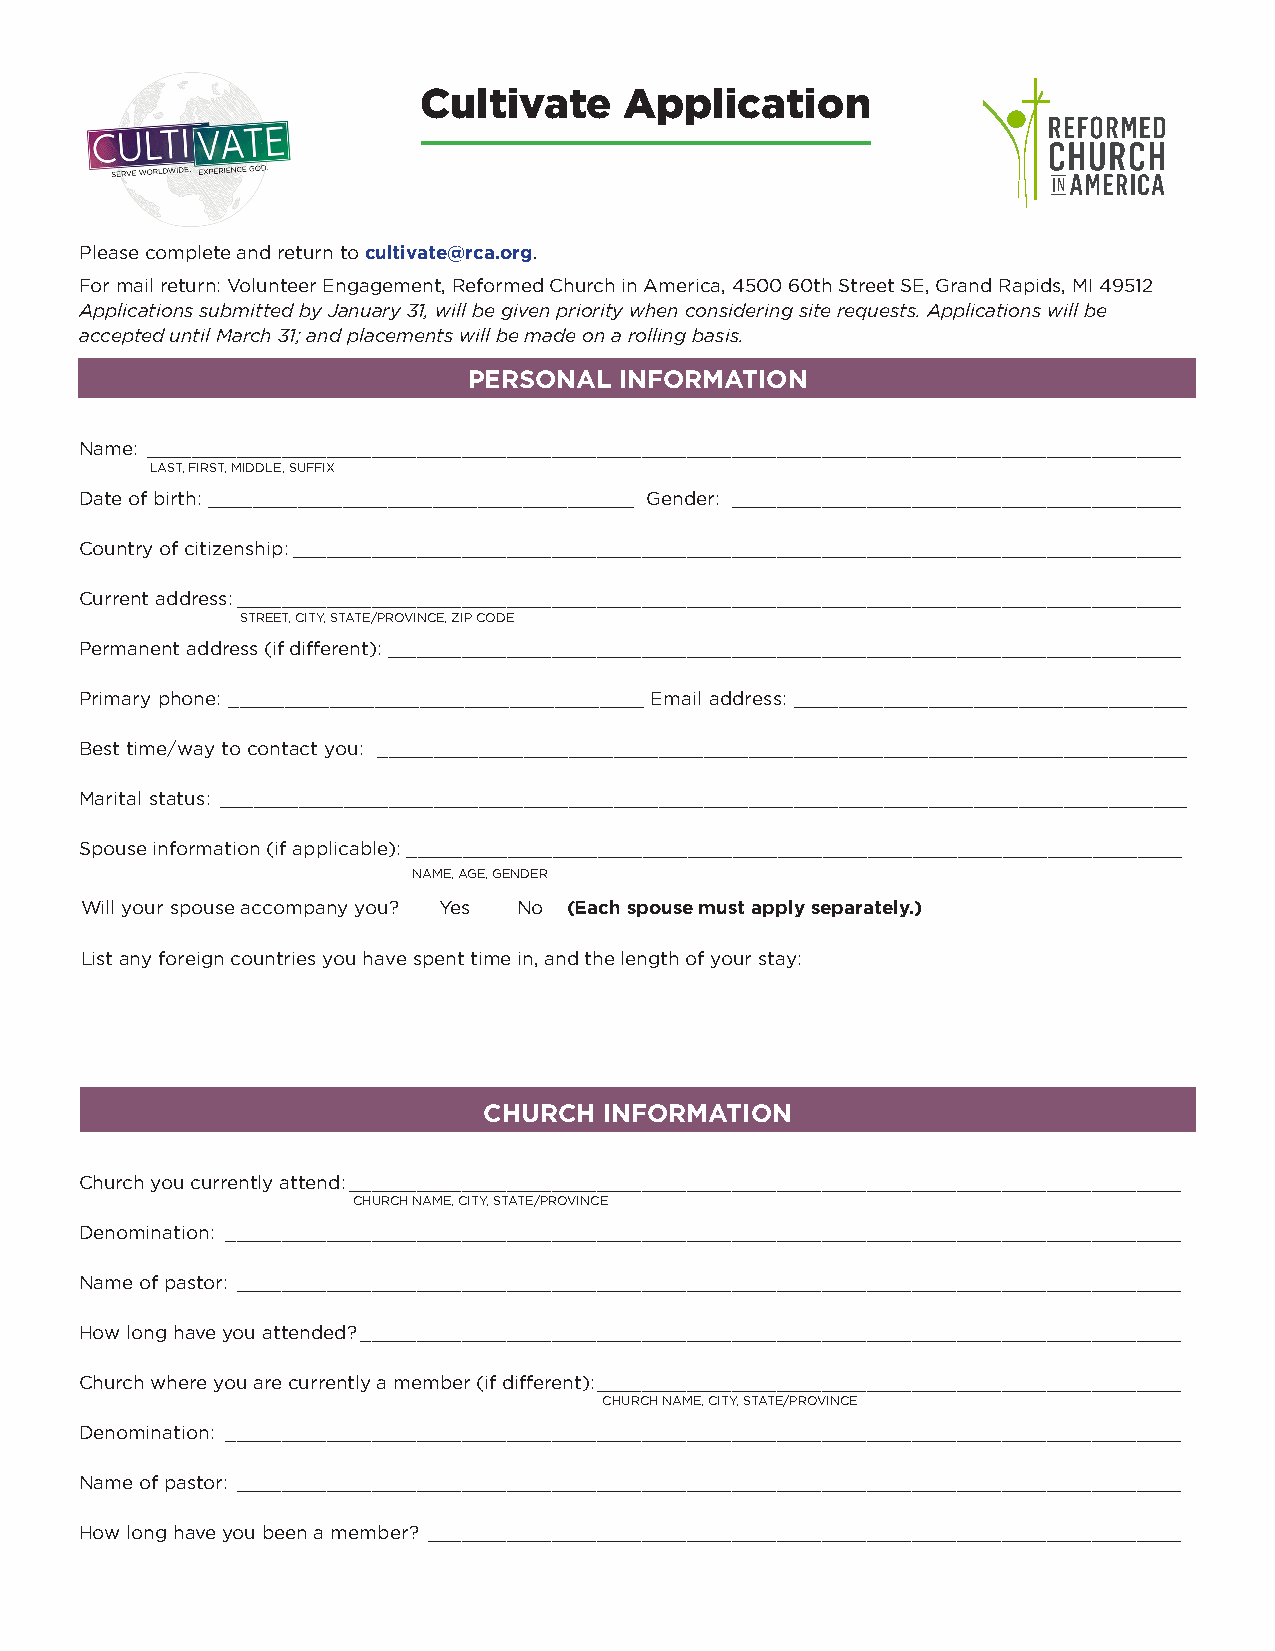
Cultivate    Application
 ____________________
 Please complete and return to cultivate@rca.org.
 For mail return: Volunteer Engagement, Reformed Church in America, 4500 60th Street SE, Grand Rapids, MI 49512
 Applications submitted by January 31, will be given priority when considering site requests. Applications will be
 accepted until March 31; and placements will be made on a rolling basis.
 PERSONAL  INFORMATION
 Name: ____________________________________________________________________________________________
 LAST, FIRST, MIDDLE, SUFFIX
 Date of birth: ______________________________________ Gender: ________________________________________
 Country of citizenship: _______________________________________________________________________________
 Current address: ____________________________________________________________________________________
 STREET, CITY, STATE/PROVINCE, ZIP CODE
 Permanent address (if different): _______________________________________________________________________
 Primary phone: _____________________________________ Email address: ___________________________________
 Best time/way to contact you: ________________________________________________________________________
 Marital status: ______________________________________________________________________________________
 Spouse information (if applicable): _____________________________________________________________________
 NAME, AGE, GENDER
 Will your spouse accompany you? Yes No (Each spouse must apply separately.)
 List any foreign countries you have spent time in, and the length of your stay:
 CHURCH  INFORMATION
 Church you currently attend: __________________________________________________________________________
 CHURCH NAME, CITY, STATE/PROVINCE
 Denomination: _____________________________________________________________________________________
 Name of pastor: ____________________________________________________________________________________
 How long have you attended? _________________________________________________________________________
 Church where you are currently a member (if different): ____________________________________________________
 CHURCH NAME, CITY, STATE/PROVINCE
 Denomination: _____________________________________________________________________________________
 Name of pastor: ____________________________________________________________________________________
 How long have you been a member? ___________________________________________________________________